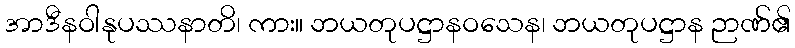
အာဒီနဝါနုပဿနာတိ၊ ကား။ ဘယတုပဋ္ဌာနဝသေန၊ ဘယတုပဋ္ဌာန ဉာဏ်၏